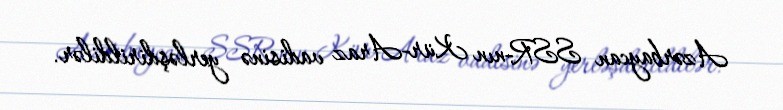
Azərbaycan SSR-nın Kür-Araz vadisinə yerləşdirildilər.